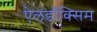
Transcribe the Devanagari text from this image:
ऐलडॉक्सिम